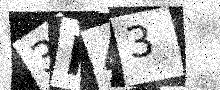
Text: 3N43